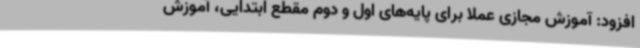
افزود: آموزش مجازی عملاً برای پایه‌های اول و دوم مقطع ابتدایی، آموزش